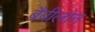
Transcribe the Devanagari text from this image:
बैबीलोन